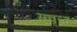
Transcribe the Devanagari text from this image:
सवृन्त